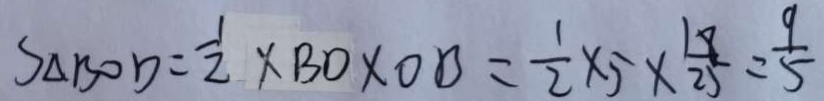
S _ { \Delta B O D } = \frac { 1 } { 2 } \times B D \times O B = \frac { 1 } { 2 } \times 5 \times \frac { 1 8 } { 2 5 } = \frac { 9 } { 5 }